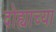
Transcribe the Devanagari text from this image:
दोह्याच्या